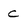
Character: c